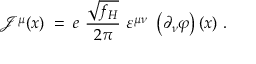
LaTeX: { \mathcal J } ^ { \mu } ( x ) \; = \; e ~ \frac { \sqrt { f _ { H } } } { 2 \pi } ~ \varepsilon ^ { \mu \nu } ~ \left( \partial _ { \nu } \varphi \right) ( x ) ~ .